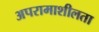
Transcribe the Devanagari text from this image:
अपरामाशीलता